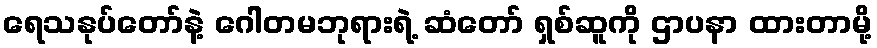
ရေသနုပ်တော်နဲ့ ဂေါတမဘုရားရဲ့ ဆံတော် ရှစ်ဆူကို ဌာပနာ ထားတာမို့